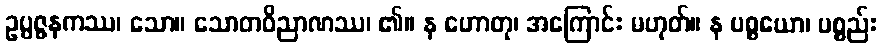
ဥပ္ပဇ္ဇနကဿ၊ သော။ သောတဝိညာဏဿ၊ ၏။ န ဟောတု၊ အကြောင်း မဟုတ်။ န ပစ္စယော၊ ပစ္စည်း